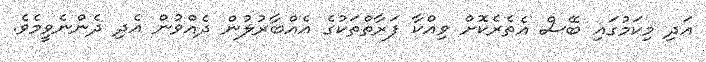
އަދި މިކަމުގައި ބޭސް އެތެރެކޮށް ވިއްކާ ފަރާތްތަކުގެ އެއްބާރުލުން ދެއްވުން އެދި ދެންނެވީމެވެ.